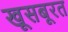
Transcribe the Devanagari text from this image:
खूसबूरत